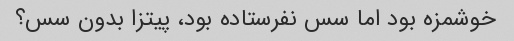
خوشمزه بود اما سس نفرستاده بود، پیتزا بدون سس؟